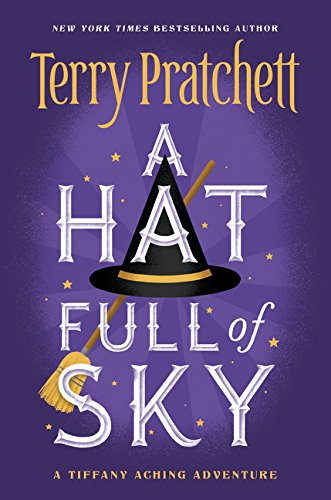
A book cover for A Hat Full of Sky (Tiffany Aching); Terry Pratchett; Teen & Young Adult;